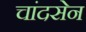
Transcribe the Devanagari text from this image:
चांदसेन